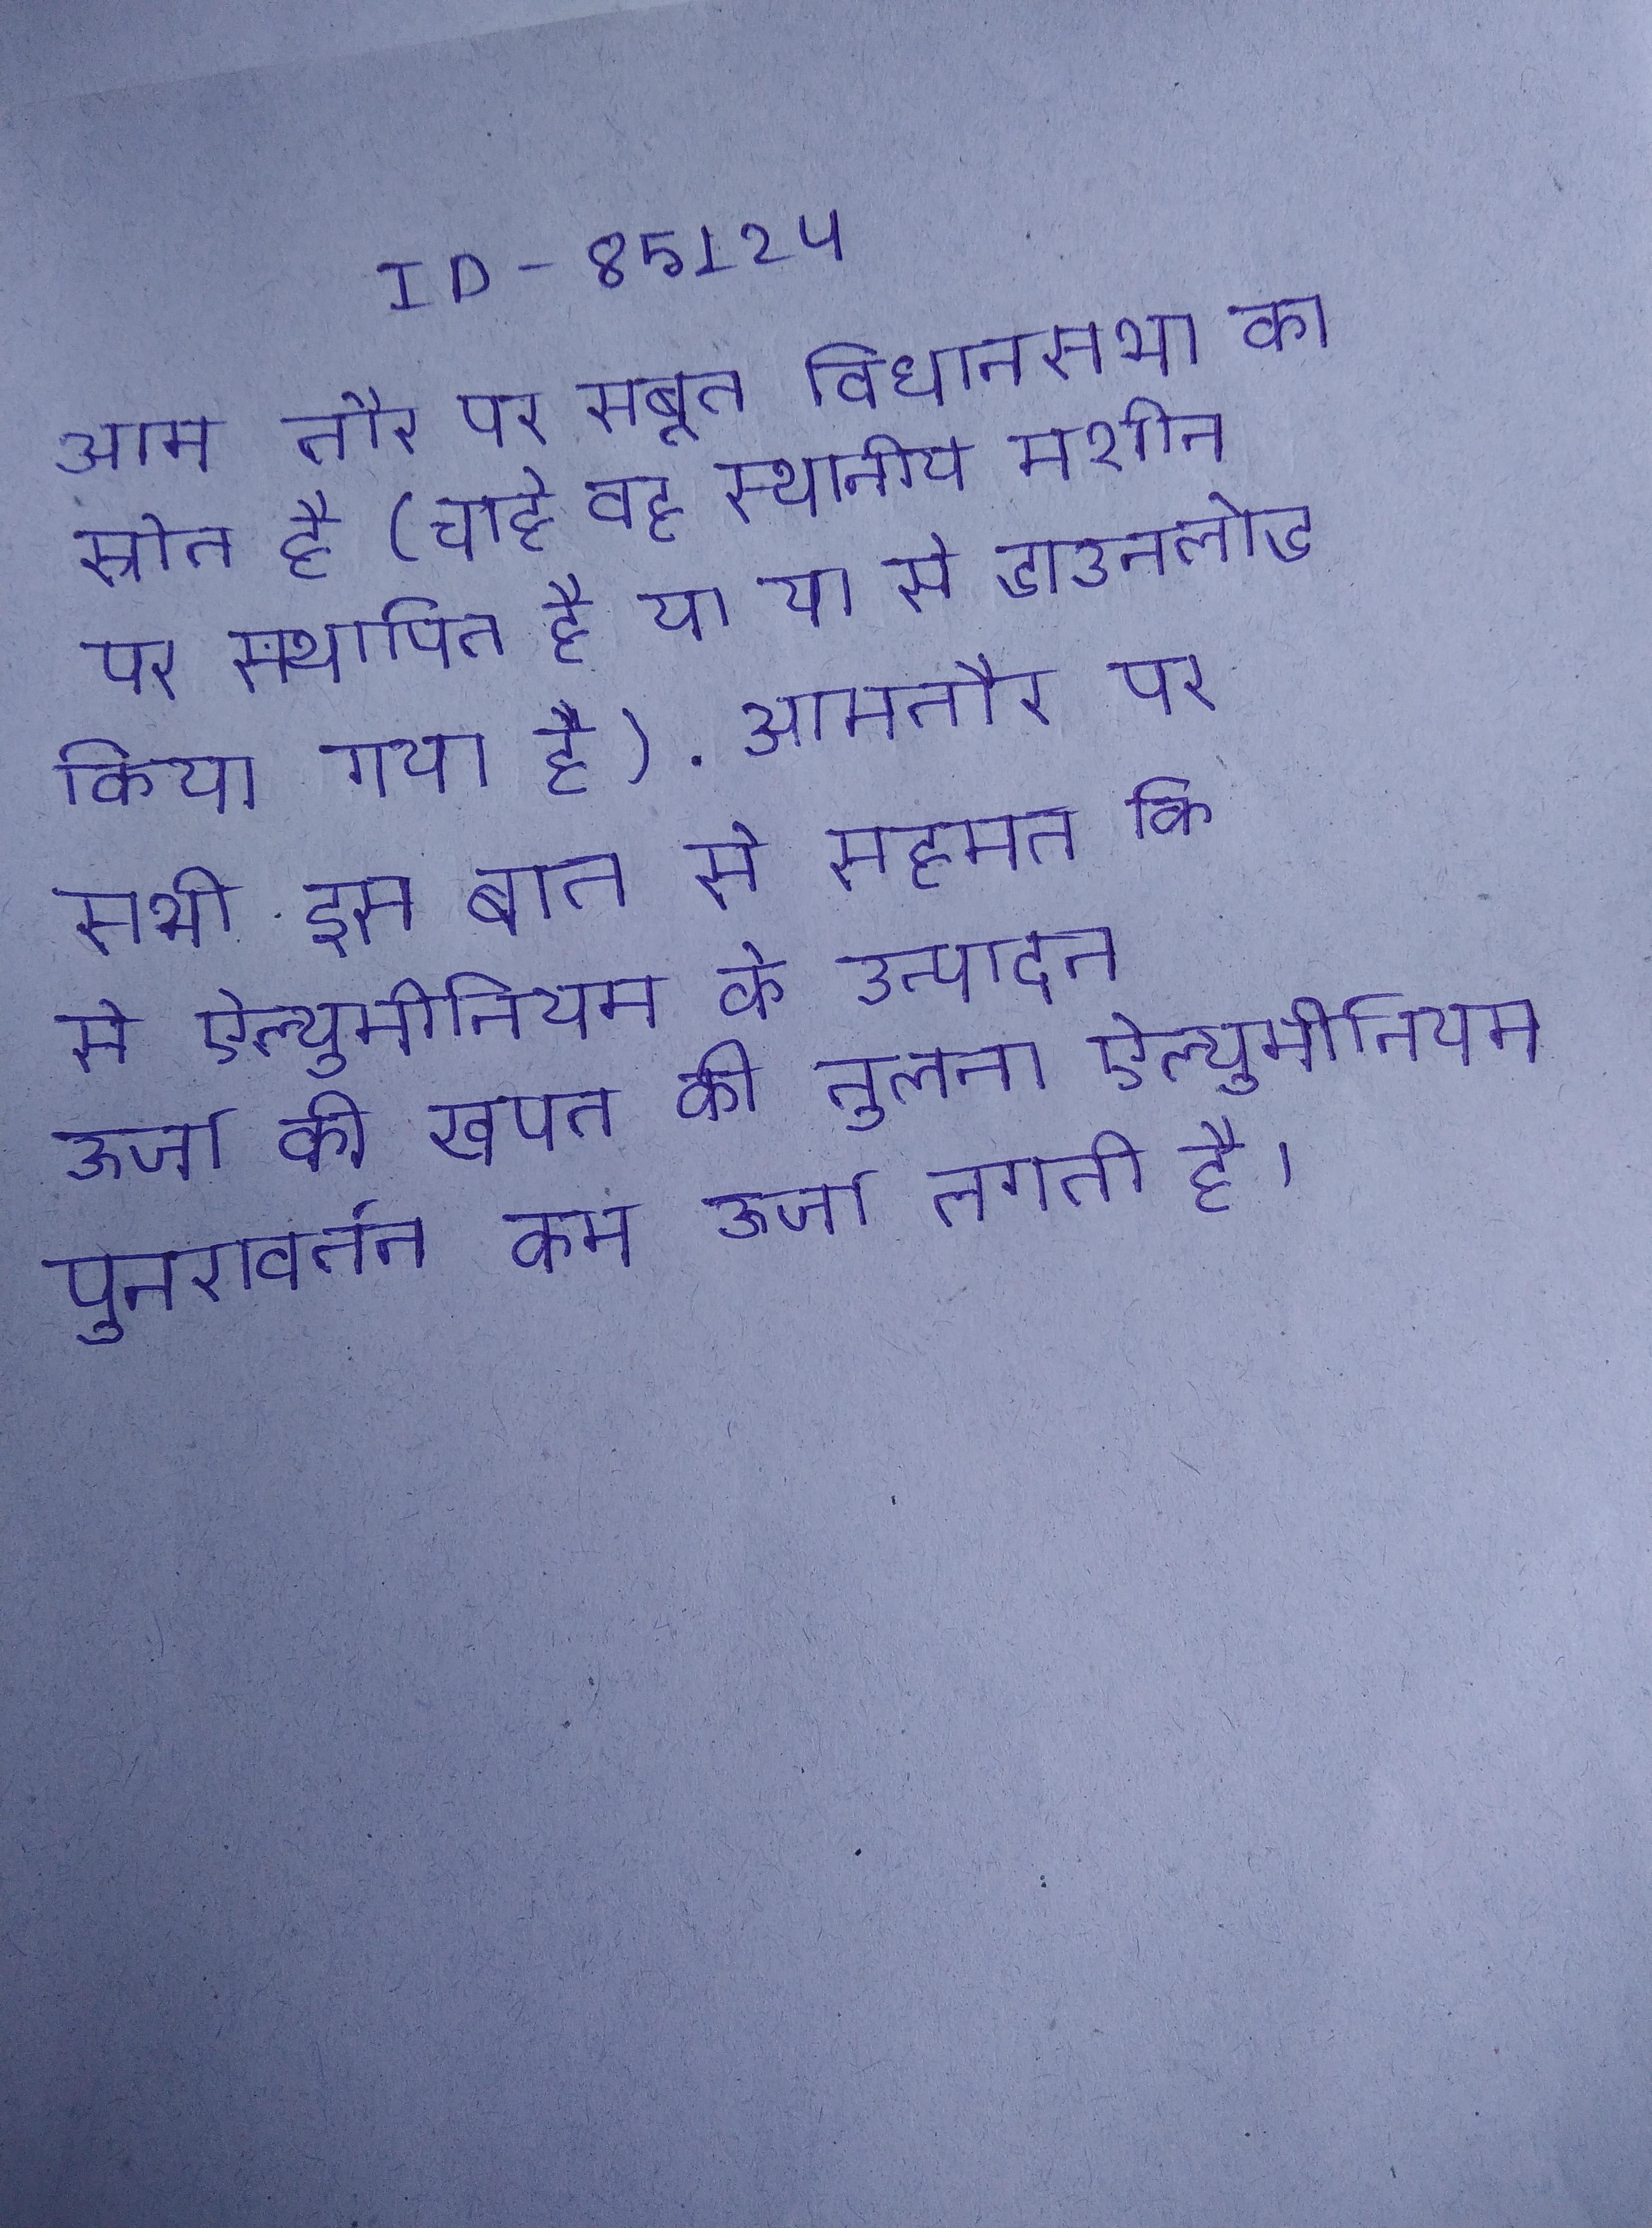
आम तौर पर सबूत विधानसभा का स्रोत है (चाहे वह स्थानीय मशीन पर स्थापित है या या से डाउनलोड किया गया है) . आमतौर पर सभी इस बात से सहमत कि से ऐल्युमीनियम के उत्पादन ऊर्जा की खपत की तुलना ऐल्युमीनियम पुनरावर्तन कम ऊर्जा लगती है ।